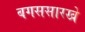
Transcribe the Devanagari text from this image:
बगससारखे